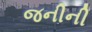
જનીની